Lunatic asylums United Prov. 1922-30 - 1922-1930
Year: 1922
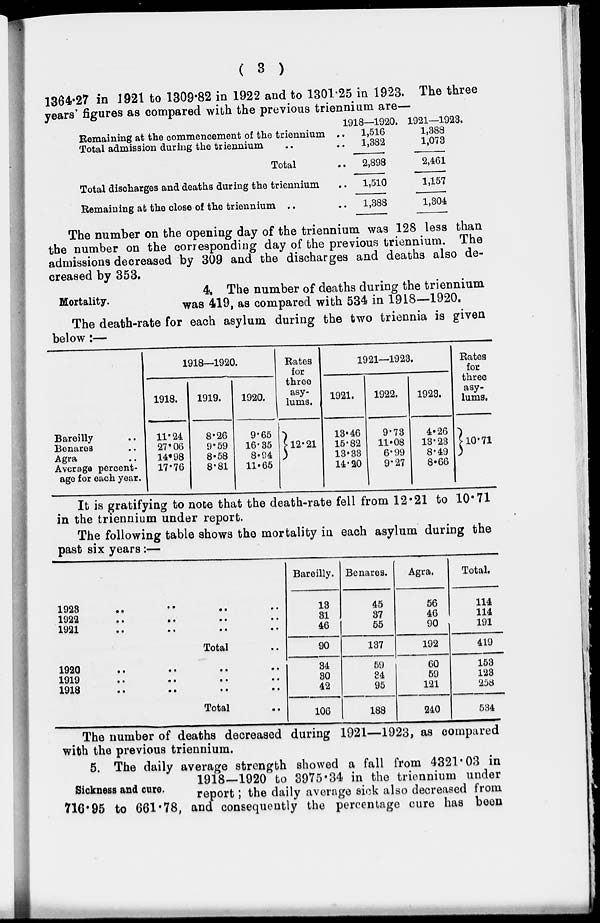
( 3 )
1364.27 in 1921 to 1309.82 in 1922 and to 1301.25 in 1923. The three
years figures as compared with the previous triennium are—
Remaining at the commencement of the triennium ..
Total admission during the triennium ..
Total ..
Total discharges and deaths during the triennium ..
Remaining at the close of the triennium ..
1918—1920.
1,516
1,382
2,898
1,510
1,388
1921—1923.
1,388
1,073
2,461
1,157
1,304
The number on the opening day of the triennium was 128 less than
the number on the corresponding day of the previous triennium. The
admissions decreased by 309 and the discharges and deaths also de-
creased by 353.
Mortality.
4. The number of deaths during the triennium
was 419, as compared with 534 in 1918—1920.
The death-rate for each asylum during the two triennia is given
below:—
Bareilly ..
Benares ..
Agra ..
Average percent-
age for each year.
1918—1920.
1918.
11.24
27.06
14.98
17.76
1919.
8.26
9.59
8.58
8.81
1920.
9.65
16.35
8.94
11.65
Rates
for
three
asy-
lums.
12.21
1921—1923.
1921.
13.46
15.82
13.33
14.20
1922.
9.73
11.08
6.99
9.27
1923.
4.26
13.23
8.49
8.66
Rates
for
three
asy-
lums.
10.71
It is gratifying to note that the death-rate fell from 12.21 to 10.71
in the triennium under report.
The following table shows the mortality in each asylum during the
past six years:—
1923 .. .. .. ..
1922
..
..
..
..
1921 .. .. .. ..
Total ..
1920 .. .. .. ..
1919 .. .. .. ..
1918 .. .. .. ..
Total ..
Bareilly.
13
31
46
90
34
30
42
106
Benares.
45
37
55
137
59
34
95
188
Agra.
56
46
90
192
60
59
121
240
Total.
114
114
191
419
153
123
258
534
The number of deaths decreased during 1921—1923, as compared
with the previous triennium.
Sickness and cure.
5. The daily average strength showed a fall from 4321.03 in
1918—1920 to 3975.34 in the triennium under
report; the daily average sick also decreased from
716.95 to 661.78, and consequently the percentage cure has been